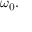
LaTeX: \omega _ { 0 } .